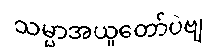
သမ္မာအယူတော်ပဲဗျ